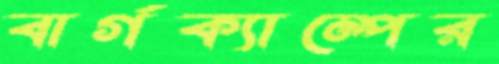
বার্গক্যাম্পের